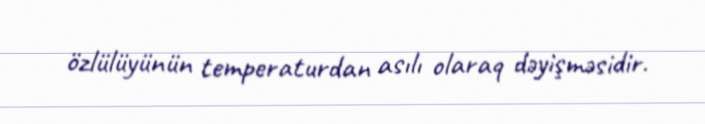
özlülüyünün temperaturdan asılı olaraq dəyişməsidir.